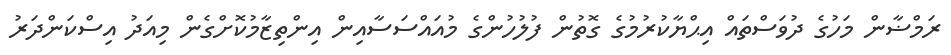
ރަމްޟާން މަހުގެ ދުވަސްތައް އިޙްޔާކުރުމުގެ ގޮތުން ފުލުހުންގެ މުއައްސަސާއިން އިންތިޒާމުކޮށްގެން މިއަދު އިސްކަންދަރު